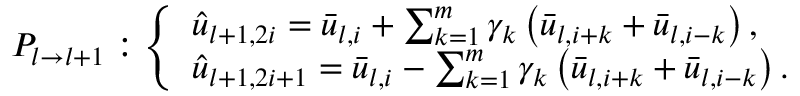
P _ { l \rightarrow l + 1 } : \left\{ \begin{array} { l } { \hat { u } _ { l + 1 , 2 i } = \bar { u } _ { l , i } + \sum _ { k = 1 } ^ { m } \gamma _ { k } \left( \bar { u } _ { l , i + k } + \bar { u } _ { l , i - k } \right) , } \\ { \hat { u } _ { l + 1 , 2 i + 1 } = \bar { u } _ { l , i } - \sum _ { k = 1 } ^ { m } \gamma _ { k } \left( \bar { u } _ { l , i + k } + \bar { u } _ { l , i - k } \right) . } \end{array} \right.